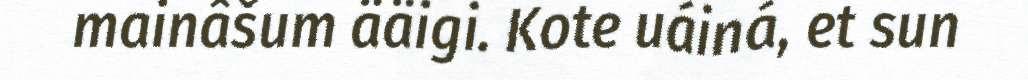
mainâšum ääigi. Kote uáiná, et sun